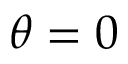
\theta = 0